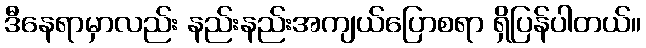
ဒီနေရာမှာလည်း နည်းနည်းအကျယ်ပြောစရာ ရှိပြန်ပါတယ်။